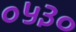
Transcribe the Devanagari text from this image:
०५३०